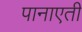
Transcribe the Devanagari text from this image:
पानाएती